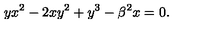
y x ^ { 2 } - 2 x y ^ { 2 } + y ^ { 3 } - \beta ^ { 2 } x = 0 .